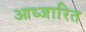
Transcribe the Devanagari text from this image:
आध्जारित